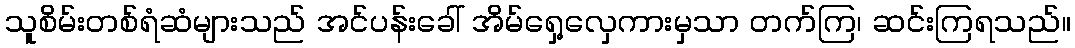
သူစိမ်းတစ်ရံဆံများသည် အင်ပန်းခေါ် အိမ်ရှေ့လှေကားမှသာ တက်ကြ၊ ဆင်းကြရသည်။